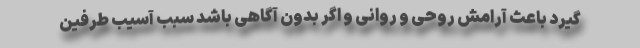
گیرد باعث آرامش روحی و روانی و اگر بدون آگاهی باشد سبب آسیب طرفین